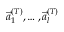
\vec { a } _ { 1 } ^ { ( T ) } , \dots , \vec { a } _ { l } ^ { ( T ) }